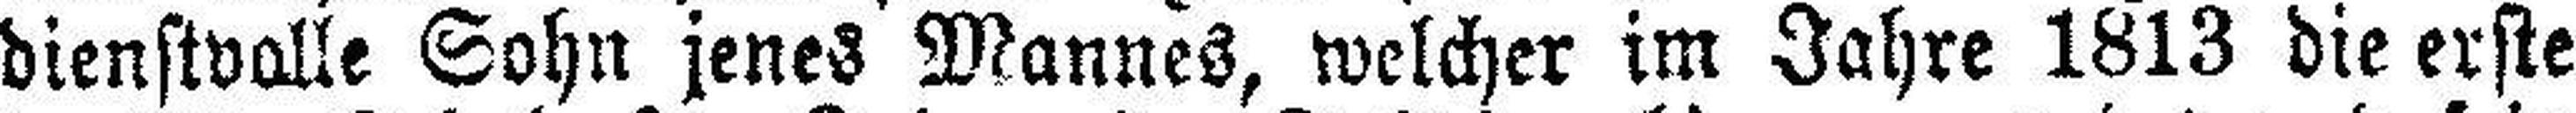
dienstvolle Sohn jenes Mannes, welcher im Jahre 1813 die erste